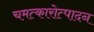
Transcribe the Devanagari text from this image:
चमत्कारोत्पादन